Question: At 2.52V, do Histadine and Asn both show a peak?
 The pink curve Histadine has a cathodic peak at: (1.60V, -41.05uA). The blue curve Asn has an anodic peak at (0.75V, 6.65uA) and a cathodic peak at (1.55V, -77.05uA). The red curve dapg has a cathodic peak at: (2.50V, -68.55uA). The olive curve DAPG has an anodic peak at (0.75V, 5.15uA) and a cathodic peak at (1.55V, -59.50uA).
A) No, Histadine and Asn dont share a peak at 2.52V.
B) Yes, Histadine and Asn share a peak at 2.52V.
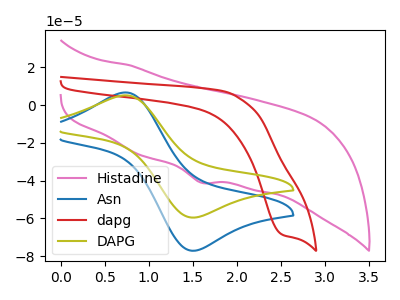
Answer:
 <answer>A) No, "Histadine" and "Asn" dont share a peak at 2.52V.</answer>
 <eval>A</eval>